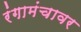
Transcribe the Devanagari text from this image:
रंगामंचावर